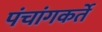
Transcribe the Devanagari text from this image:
पंचांगकर्ते